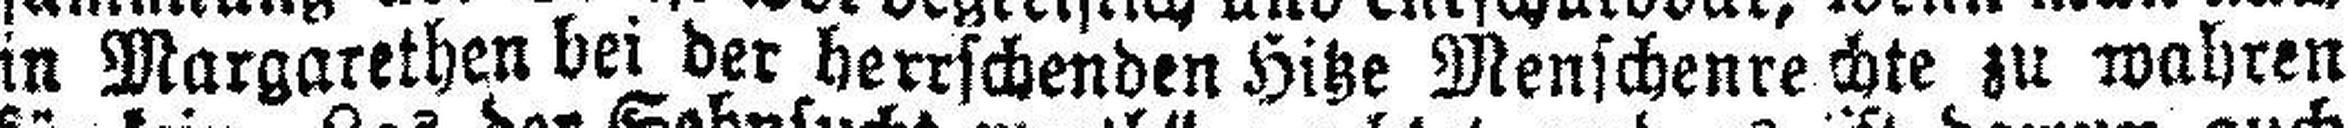
in Margarethen bei der herrschenden Hitze Menschenrechte zu wahren